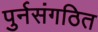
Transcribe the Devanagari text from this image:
पुर्नसंगठित